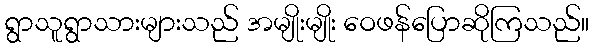
ရွာသူရွာသားများသည် အမျိုးမျိုး ဝေဖန်ပြောဆိုကြသည်။